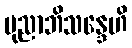
ပုညာဘိသန္ဒေဟိ